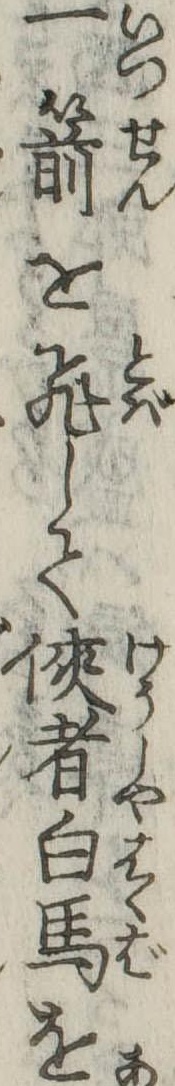
一箭を飛して侠者白馬を